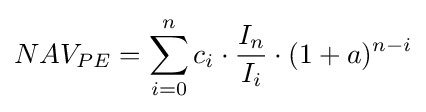
NAV_{PE}=\sum _{i=0}^{n}{c_{i}\cdot {\frac {I_{n}}{I_{i}}}\cdot (1+a)^{n-i}}